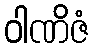
ဝါဏိဇံ